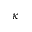
\kappa